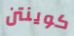
كوينتن